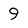
Character: 9